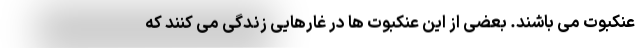
عنکبوت می باشند. بعضی از این عنکبوت ها در غارهایی زندگی می کنند که